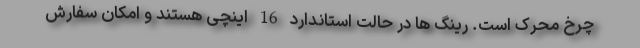
چرخ محرک است. رینگ ها در حالت استاندارد 16 اینچی هستند و امکان سفارش